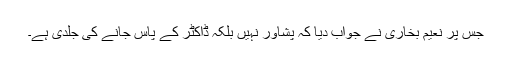
جس پر نعیم بخاری نے جواب دیا کہ پشاور نہیں بلکہ ڈاکٹر کے پاس جانے کی جلدی ہے۔